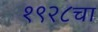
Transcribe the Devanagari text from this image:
१९२८चा